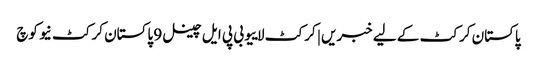
پاکستان کرکٹ کے لیے خبریں | کرکٹ لاییو بی پی ایل چینل 9 پاکستان کرکٹ نیو کوچ